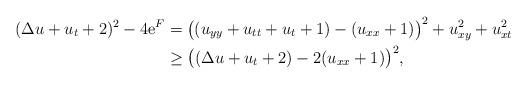
LaTeX: \begin{align*}(\Delta u+u_t+2)^2-4\mathrm e^F&=\bigl((u_{yy}+u_{tt}+u_t+1)-(u_{xx}+1)\bigr)^2+u_{xy}^2+u_{xt}^2\\&\ge\bigl((\Delta u +u_t+2)-2(u_{xx}+1)\bigr)^2,\end{align*}